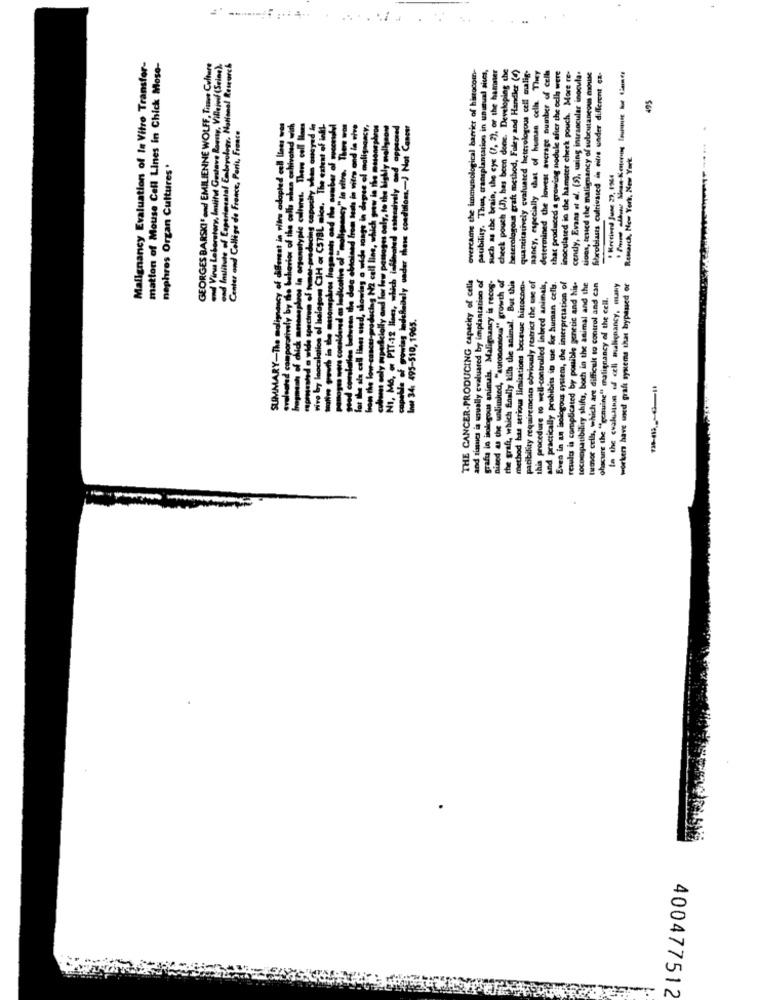
matton of Mouse Cell Lines in Chick Moso-
Malignancy Evaluation of In Vitro Transfer-
GEORGES BARSKIFond EMILIENNE WOLFF, Tranne Culture
-Vina Laboratory, Institut Gustave Roussy, Villejuif (Seine).
and Institute of Coperimental Embryology, National Research
overcame the immunological barrier of histocom-
paubility. Thus, transplantation in unusual aises,
such as the brain, the eye (7, 2), or the hamster
check pouch (J), has been done. Developing the
plosous graft method, Foley and Handler (4)
quantitatively evaluated heterologous cell malig-
nancy, especially that of human cella. They
determined the lowest average number of cells
inoculated in the hamster cheek pouch. More re-
that produced a growing nodule after the och were
centy, Evans et al. (5), waing intraocular inocula.
tions, tested the malignancy of subcutaneous enchile
fibroblases cultivated in cifre under different Ca-
495
Center and College de France, Paris, France
Remarch, New York, New York
nephres Organ Cultures '
. Mercived June 29, 1964
Daly under
THE CANCER-PRODUCING capacity of cells
grafu in isologous animals, Malignancy is recos-
nised as the unlimited, "autonomous" growth of
method bas serious limitations because hisrocom-
paribility requirement obvivaly restrict the use of
and practically prohibits in we for human cells.
an bologous system, the interpretation of
results is complicated by posible genetic and hit-
and riamics is usually evaluared by implantation of
this procedure to well-controlled inbred animals,
tocompatibility shifts, both in the animal and the
tumor cells, which are difficult to control and can
In the evaluation of cell malignancy, many
worker have und graft systems that bypaused or
ohacure the "genuine" malignancy of the cell.
the graft, which Shally kill the animal. Bu
Inse 34: 495-510, 1965.
PIT-12
SUMMARY
capable of
NI,
400477512